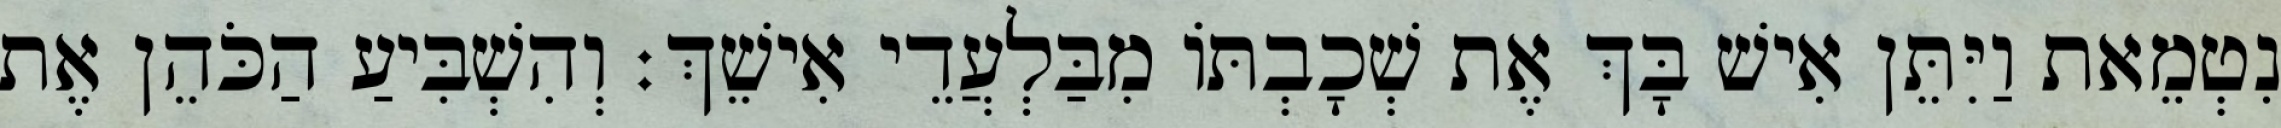
נִטְמֵאת וַיִּתֵּן אִישׁ בָּךְ אֶת שְׁכָבְתּוֹ מִבַּלְעֲדֵי אִישֵׁךְ׃ וְהִשְׁבִּיעַ הַכֹּהֵן אֶת